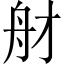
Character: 𦨑